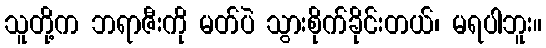
သူတို့က ဘရာဇီးကို မတ်ပဲ သွားစိုက်ခိုင်းတယ်၊ မရပါဘူး။